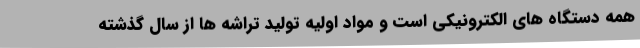
همه دستگاه های الکترونیکی است و مواد اولیه تولید تراشه ها از سال گذشته